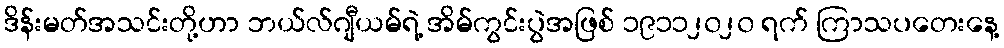
ဒိန်းမတ်အသင်းတို့ဟာ ဘယ်လ်ဂျီယမ်ရဲ့ အိမ်ကွင်းပွဲအဖြစ် ၁၉၁၁၂၀၂၀ ရက် ကြာသပတေးနေ့